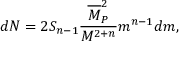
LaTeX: d N = 2 S _ { n - 1 } \frac { \overline { { { M } } } _ { P } ^ { 2 } } { M ^ { 2 + n } } m ^ { n - 1 } d m ,